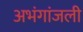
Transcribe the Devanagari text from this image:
अभंगांजली